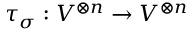
\tau _ { \sigma } : V ^ { \otimes n } \to V ^ { \otimes n }